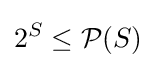
2^{S}\leq {\mathcal {P}}(S)